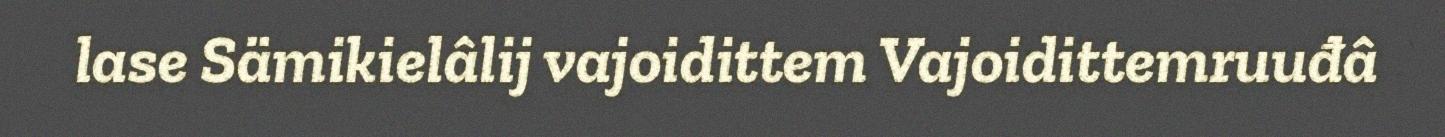
lase Sämikielâlij vajoidittem Vajoidittemruuđâ